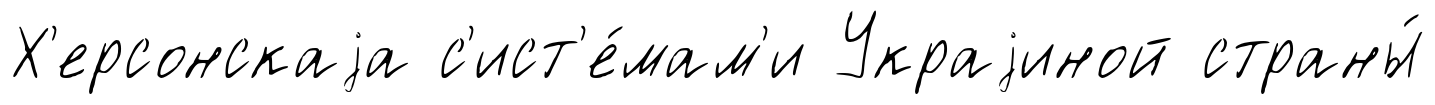
Х'ерсонскаjа с'ист'е́мам'и Украjиной страны́